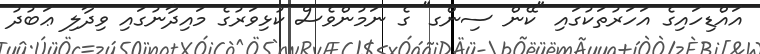
އައްޑިހައިގެ އަހަރުތަކުގައި "ކޭން ސިންގ" ގެ ނަމުންވެސް ކުޅިވަރުގެ މައިދާނުގައި ވިދާލި ޢަބުދު